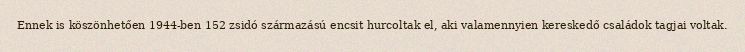
Ennek is köszönhetően 1944-ben 152 zsidó származású encsit hurcoltak el, aki valamennyien kereskedő családok tagjai voltak.